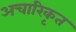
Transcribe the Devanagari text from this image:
अचारिकृत